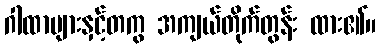
ဂါထာများနှင့်တကွ အကျယ်တိုက်တွန်း ထား၏။